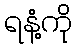
ရနံ့ကို